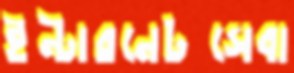
ইন্টারনেটসেবা